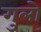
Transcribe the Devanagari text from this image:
गुलो